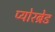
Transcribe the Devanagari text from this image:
प्योरब्रेड